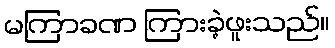
မကြာခဏ ကြားခဲ့ဖူးသည်။